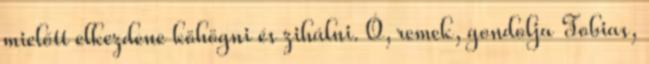
mielőtt elkezdene köhögni és zihálni. Ó, remek, gondolja Tobias,